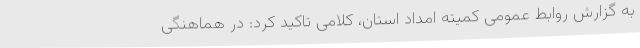
به گزارش روابط عمومی کمیته امداد استان، کلامی تاکید کرد: در هماهنگی